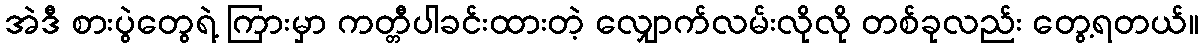
အဲဒီ စားပွဲတွေရဲ့ ကြားမှာ ကတ္တီပါခင်းထားတဲ့ လျှောက်လမ်းလိုလို တစ်ခုလည်း တွေ့ရတယ်။